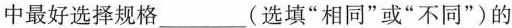
中最好选择规格______(选填”相同”或”不同”)的